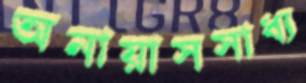
অনায়াসসাধ্য